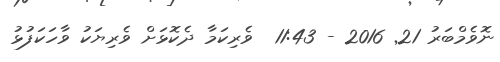
ނޮވެމްބަރު 21